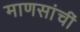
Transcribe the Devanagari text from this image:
माणसांचीं